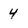
Character: 4